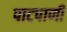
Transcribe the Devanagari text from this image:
पाटपाणी